Leaving Certificate Examination (including Day School Certificate (Higher) General paper), 1938
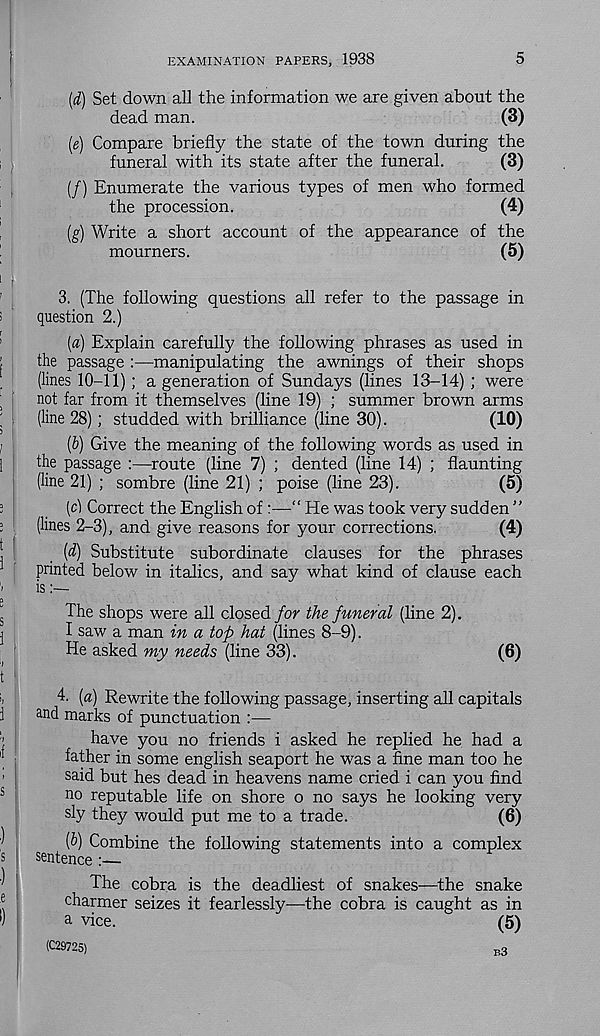
EXAMINATION PAPERS, 1938
5
(d) Set down all the information we are given about the
dead man.
(3)
[e] Compare briefly the state of the town during the
funeral with its state after the funeral.
(3)
(/) Enumerate the various types of men who formed
the procession.
(4)
(g) Write a short account of the appearance of the
mourners.
(5)
3. (The following questions all refer to the passage in
question 2.)
[а) Explain carefully the following phrases as used in
the passage :—manipulating the awnings of their shops
(lines 10-11) ; a generation of Sundays (lines 13-14) ; were
not far from it themselves (line 19) ; summer brown arms
(line 28); studded with brilliance (line 30).
(10)
(б) Give the meaning of the following words as used in
the passage :—route (line 7) ; dented (line 14) ; flaunting
(line 21) ; sombre (line 21) ; poise (line 23).
(5)
(cl Correct the English of
“ He was took very sudden ”
(lines 2-3), and give reasons for your corrections,
(4)
[d) Substitute subordinate clauses for the phrases
printed below in italics, and say what kind of clause each
is
The shops were all closed for the funeral (line 2).
I saw a man in a top hat (lines 8-9).
He asked my needs (line 33).
(6)
4. [a) Rewrite the following passage, inserting all capitals
and marks of punctuation :—
have you no friends i asked he replied he had a
father in some english seaport he was a fine man too he
said but hes dead in heavens name cried i can you find
no reputable life on shore o no says he looking very
sly they would put me to a trade.
(6)
[d] Combine the following statements into a complex
sentence
The cobra is the deadliest of snakes—the snake
charmer seizes it fearlessly—the cobra is caught as in
a vice.
(5)
(C29725)
B3